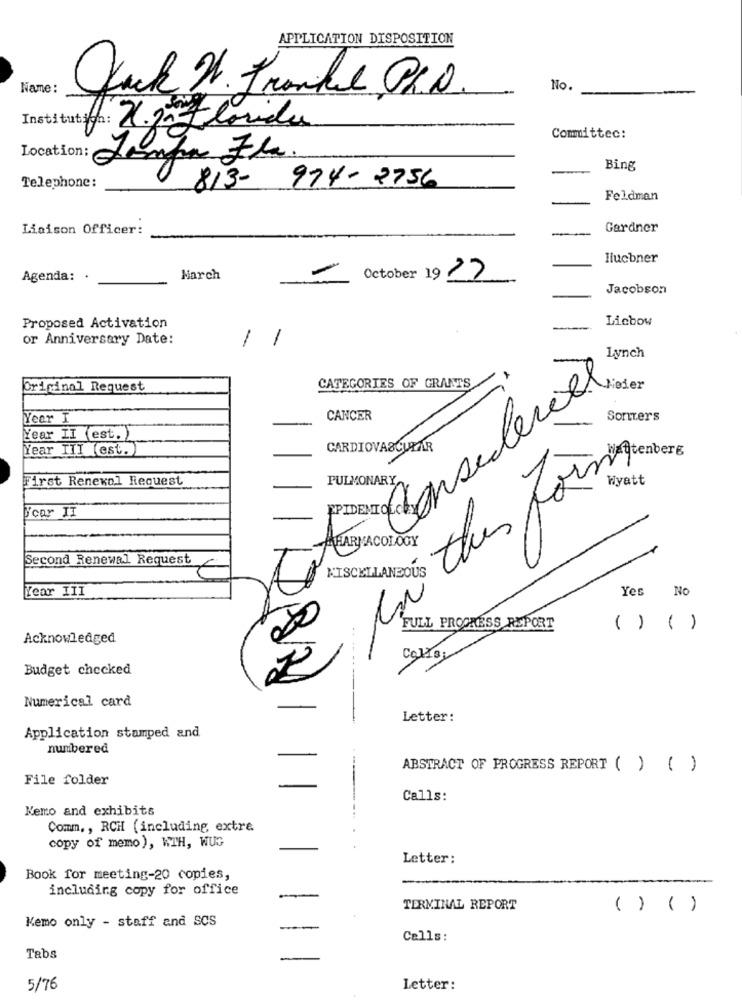
APPLICATION DISPOSITION
Name :
No.
Jack W. Frankl Ph.D.
Institut 6: 21.27
florida
Committec:
Location: Sopa Fla.
Bing
974- 2756
Telephone:
813-
Feldman
Liaison Officer:
Gardner
-
Ilucbner
Agenda: .
March
October 1927
Jacobson
Proposed Activation
Licbow
or Anniversary Date:
1
1
Lynch
Original Request
CATEGORIES OF GRANTS
Vioder
Year I
CANCER
Sorters
Year II (est.)
Year III (est.)
CARDIOVASCULAR
Wattenberg
First Renewal Request
PULMONARY
Wyatt
Second Renewal Request
MISCELLANEOUS
Lear III
Yes No
325
FULL PROGRESS REPORT
( ) ( )
Acknowledged
Budget checked
Numerical card
Letter:
Application stamped and
numbered
ABSTRACT OF PROGRESS REPORT ( ) ( )
File folder
Calls:
Nemo and exhibits
Comm ., RCH (including, extre
copy of memo), WTH, WUG
Letter:
Book for meeting-20 copies,
including copy for office
TERMINAL REPORT
( ) ( )
Kemo only - staff and SCS
Calls:
Tabs
5/76
Letter: